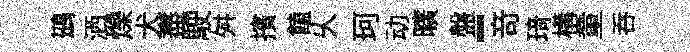
鷀洒爍犬盡駛舛擯饁乆珂动曠盤-竒𤦺構童吞